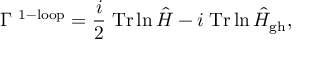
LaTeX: \Gamma ^ { \mathrm { \small ~ 1 - l o o p } } = { \frac { i } { 2 } } \; \mathrm { T r } \ln { \hat { H } } - i \; \mathrm { T r } \ln { \hat { H } _ { \mathrm { g h } } } ,